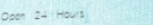
Open 24 Hours